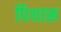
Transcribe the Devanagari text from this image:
पिथारू